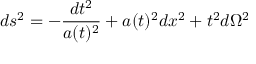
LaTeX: d s ^ { 2 } = - \frac { d t ^ { 2 } } { a ( t ) ^ { 2 } } + a ( t ) ^ { 2 } d x ^ { 2 } + t ^ { 2 } d \Omega ^ { 2 }